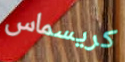
كريسماس